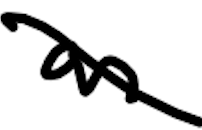
Text: an
Cross-out: diagonal
Writing tool: digital_black